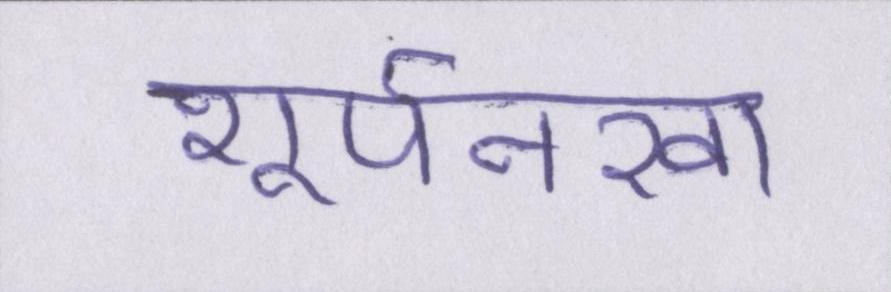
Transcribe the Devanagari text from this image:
शूर्पनखा